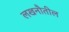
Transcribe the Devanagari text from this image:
लखनौतील